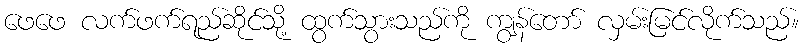
ဖေဖေ လက်ဖက်ရည်ဆိုင်သို့ ထွက်သွားသည်ကို ကျွန်တော် လှမ်းမြင်လိုက်သည်။